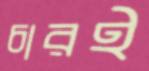
চারই